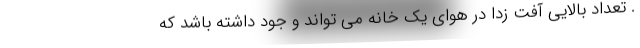
. تعداد بالایی آفت زدا در هوای یک خانه می تواند و جود داشته باشد که